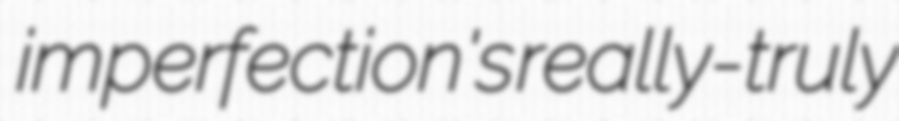
imperfection's really-truly